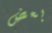
بعض